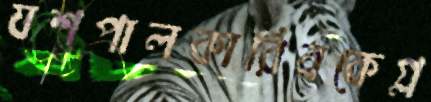
যশপালকারিবকেগ্ল